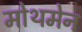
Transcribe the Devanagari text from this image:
मोथमेन